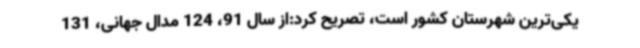
یکی‌ترین شهرستان کشور است، تصریح کرد:از سال 91، 124 مدال جهانی، 131